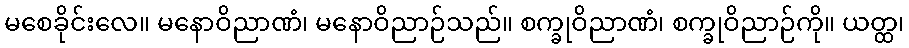
မစေခိုင်းလေ။ မနောဝိညာဏံ၊ မနောဝိညာဉ်သည်။ စက္ခုဝိညာဏံ၊ စက္ခုဝိညာဉ်ကို။ ယတ္ထ၊